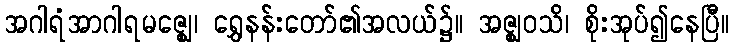
အဂါရံအာဂါရမဇ္ဈေ၊ ရွှေနန်းတော်၏အလယ်၌။ အဇ္ဈဝသိ၊ စိုးအုပ်၍နေပြီ။